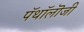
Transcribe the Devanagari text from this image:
पॅथॉलॊजी